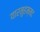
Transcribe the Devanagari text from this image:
यारमुहम्मद